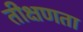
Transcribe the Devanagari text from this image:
तीक्षणता